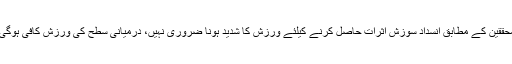
محققین کے مطابق انسداد سوزش اثرات حاصل کرنے کیلئے ورزش کا شدید ہونا ضروری نہیں، درمیانی سطح کی ورزش کافی ہوگی۔